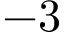
- 3